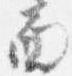
面